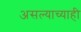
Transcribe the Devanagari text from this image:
असल्याच्याही